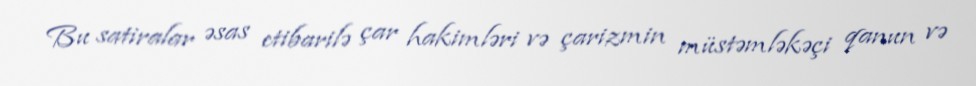
Bu satiralar əsas etibarilə çar hakimləri və çarizmin müstəmləkəçi qanun və